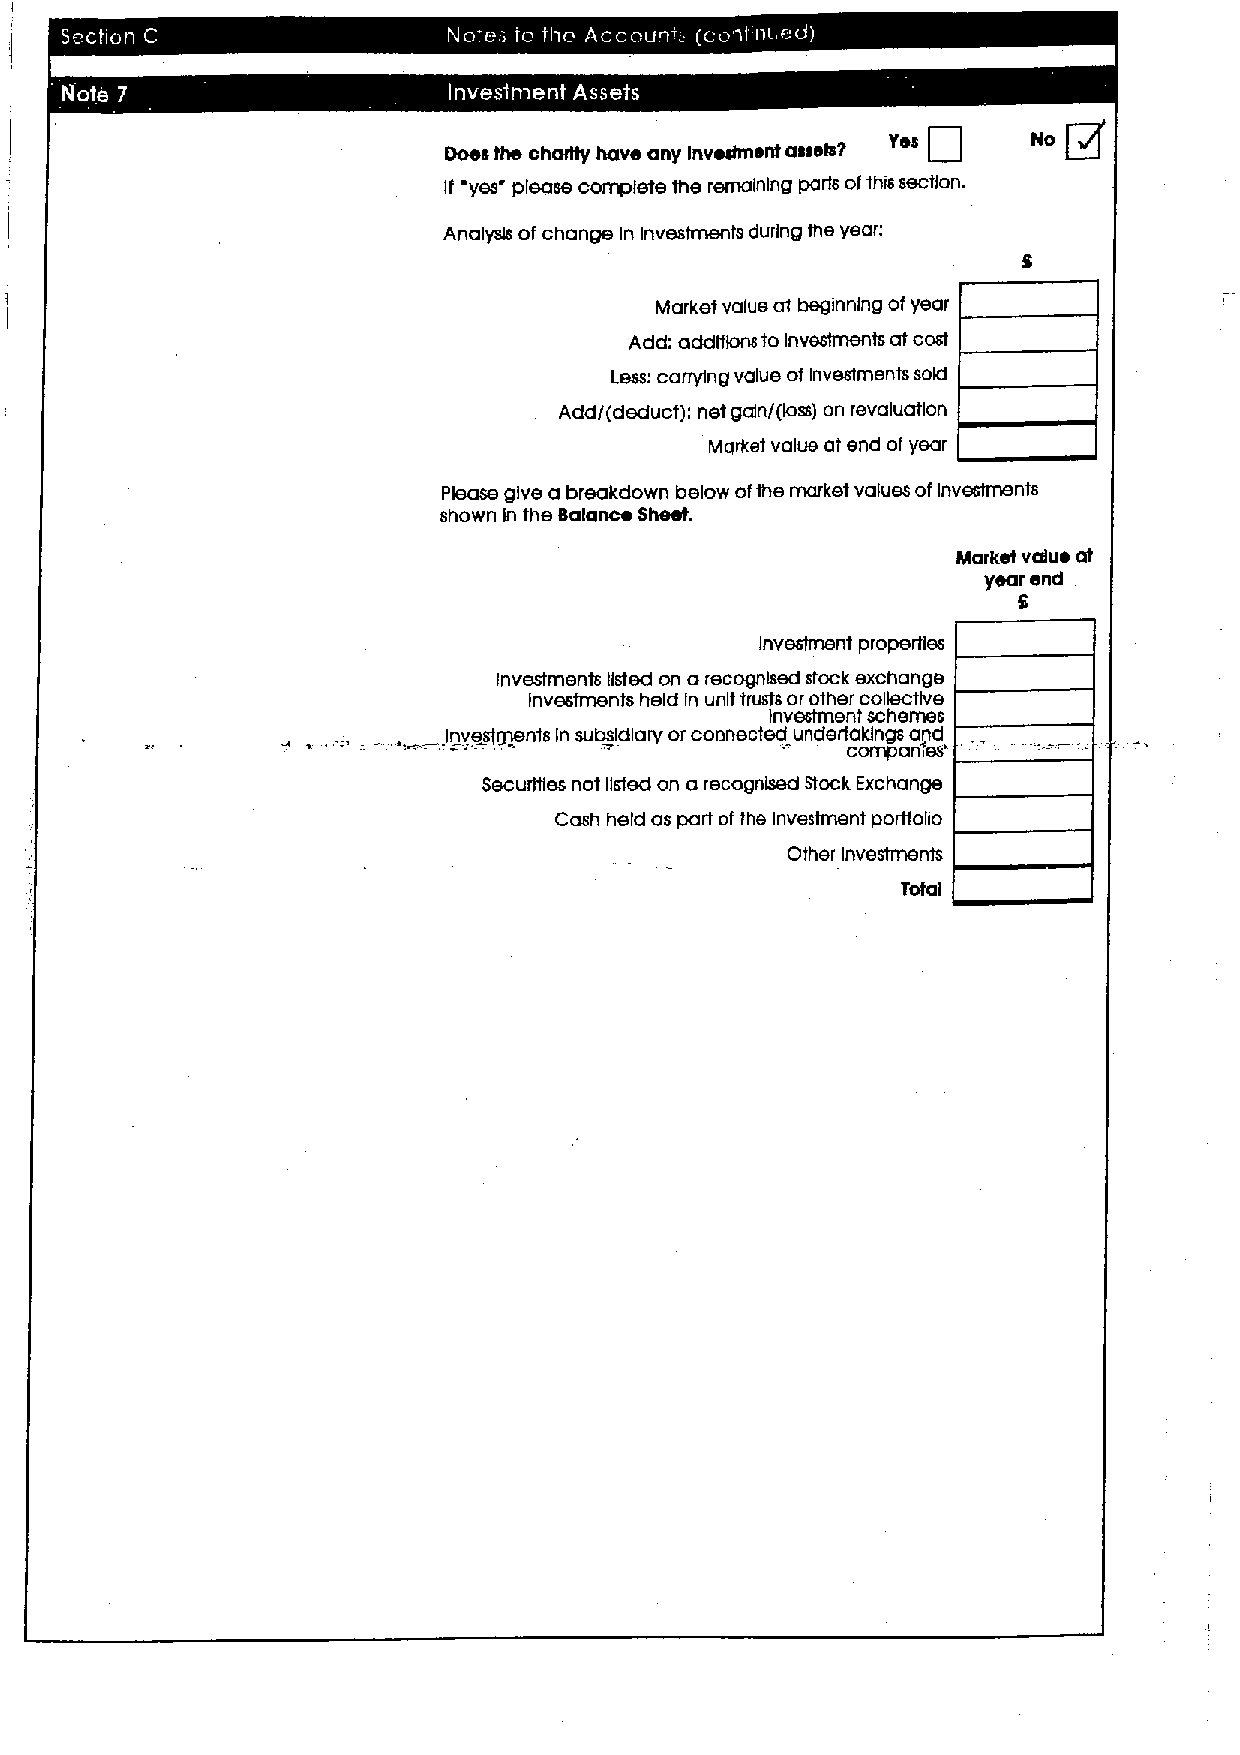
g
 goes the charity have any Investment assets?
 If yes please complete The remaining parts ofthis section.
 Analysis of change In Investments during the year:
 Market value at beginning ofyear
 Add: oddltlons toInvestments at cost
 Less: carrying value ofInvestments sold
 Add/(deduct): net gain/(loss) on revaluation
 Market value at end of year
 Please give a breakdown below otthe market values ofInvestments
 shown In the Balance Sheet.
 Market value at
 year end
 S
 Investment properties
 Investments listed on a recognised stack exchange
 Investments held In unit trusts or other collective
 Investment schemes
 Jnvestlyrents In subsidiary or connected undertakings and
 fes'
 comp an
 SecurNes not listed on a recognised Stock Exchange
 Cash held as part ofthe Inve tment porttolio
 Othe( Investments
 Total